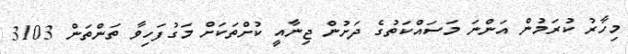
މިހާރު ކުރަމުން އަންނަ މަސައްކަތުގެ ދަށުން ޖިނާއީ ކުށްތަކަށް މަގުފަހިވާ ތަންތަން 3103